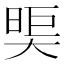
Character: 𪥖